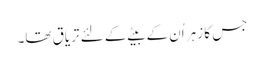
جس کا زہر اُن کے بیٹے کے لئے تریاق تھا۔